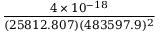
\frac { 4 \times 1 0 ^ { - 1 8 } } { ( 2 5 8 1 2 . 8 0 7 ) ( 4 8 3 5 9 7 . 9 ) ^ { 2 } }